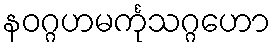
နဝဂ္ဂဟမင်္ကုသဂ္ဂဟော